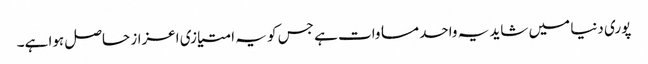
پوری دنیا میں شاید یہ واحد مساوات ہے جس کو یہ امتیازی اعزاز حاصل ہوا ہے۔